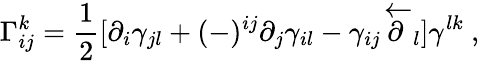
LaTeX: \Gamma_{ij}^{k}={\frac{1}{2}}[\partial_{i}\gamma_{jl}+(-)^{ij}\partial_{j}\gamma_{il}-\gamma_{ij}\overleftarrow\partial_{l}]\gamma^{lk}\ ,